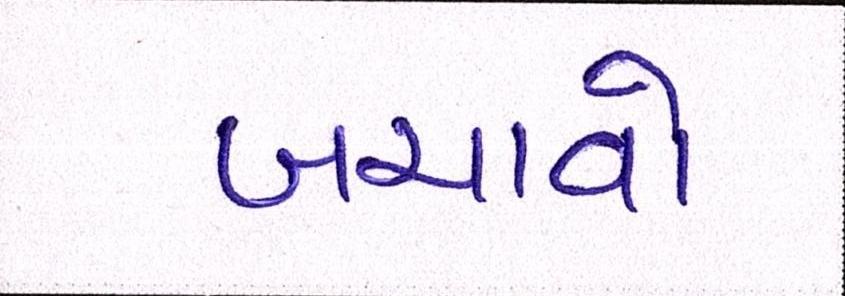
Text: બચાવો